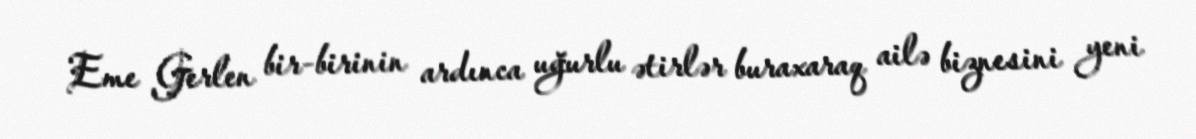
Eme Gerlen bir-birinin ardınca uğurlu ətirlər buraxaraq ailə biznesini yeni